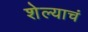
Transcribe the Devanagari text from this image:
शेल्याचं